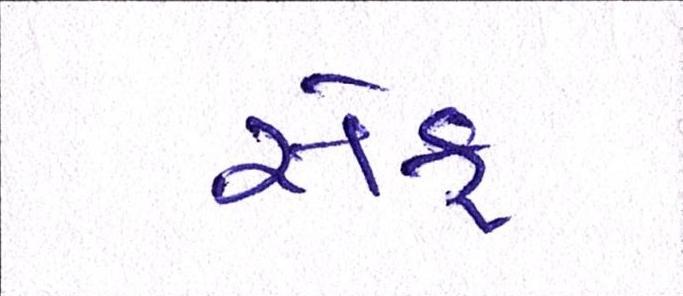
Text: સેફ